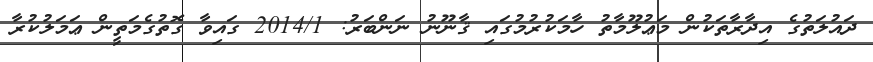
ދައުލަތުގެ އިދާރާތަކުން މަޢުލޫމާތު ހާމަކުރުމުގައި ޤާނޫނު ނަންބަރު: 2014/1 ގައިވާ ގޮތުގެމަތީން ޢަމަލުކުރާ